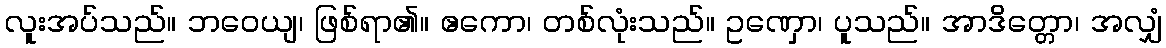
လူးအပ်သည်။ ဘဝေယျ၊ ဖြစ်ရာ၏။ ဧကော၊ တစ်လုံးသည်။ ဥဏှော၊ ပူသည်။ အာဒိတ္တော၊ အလျှံ